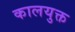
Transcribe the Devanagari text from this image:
कालयुक्त